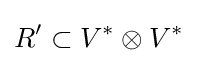
R'\subset V^{*}\otimes V^{*}